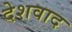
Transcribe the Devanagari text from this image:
देशवाद